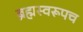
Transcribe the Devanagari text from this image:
ब्रह्मस्वरूपच